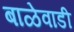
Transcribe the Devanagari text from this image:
बाळेवाडी